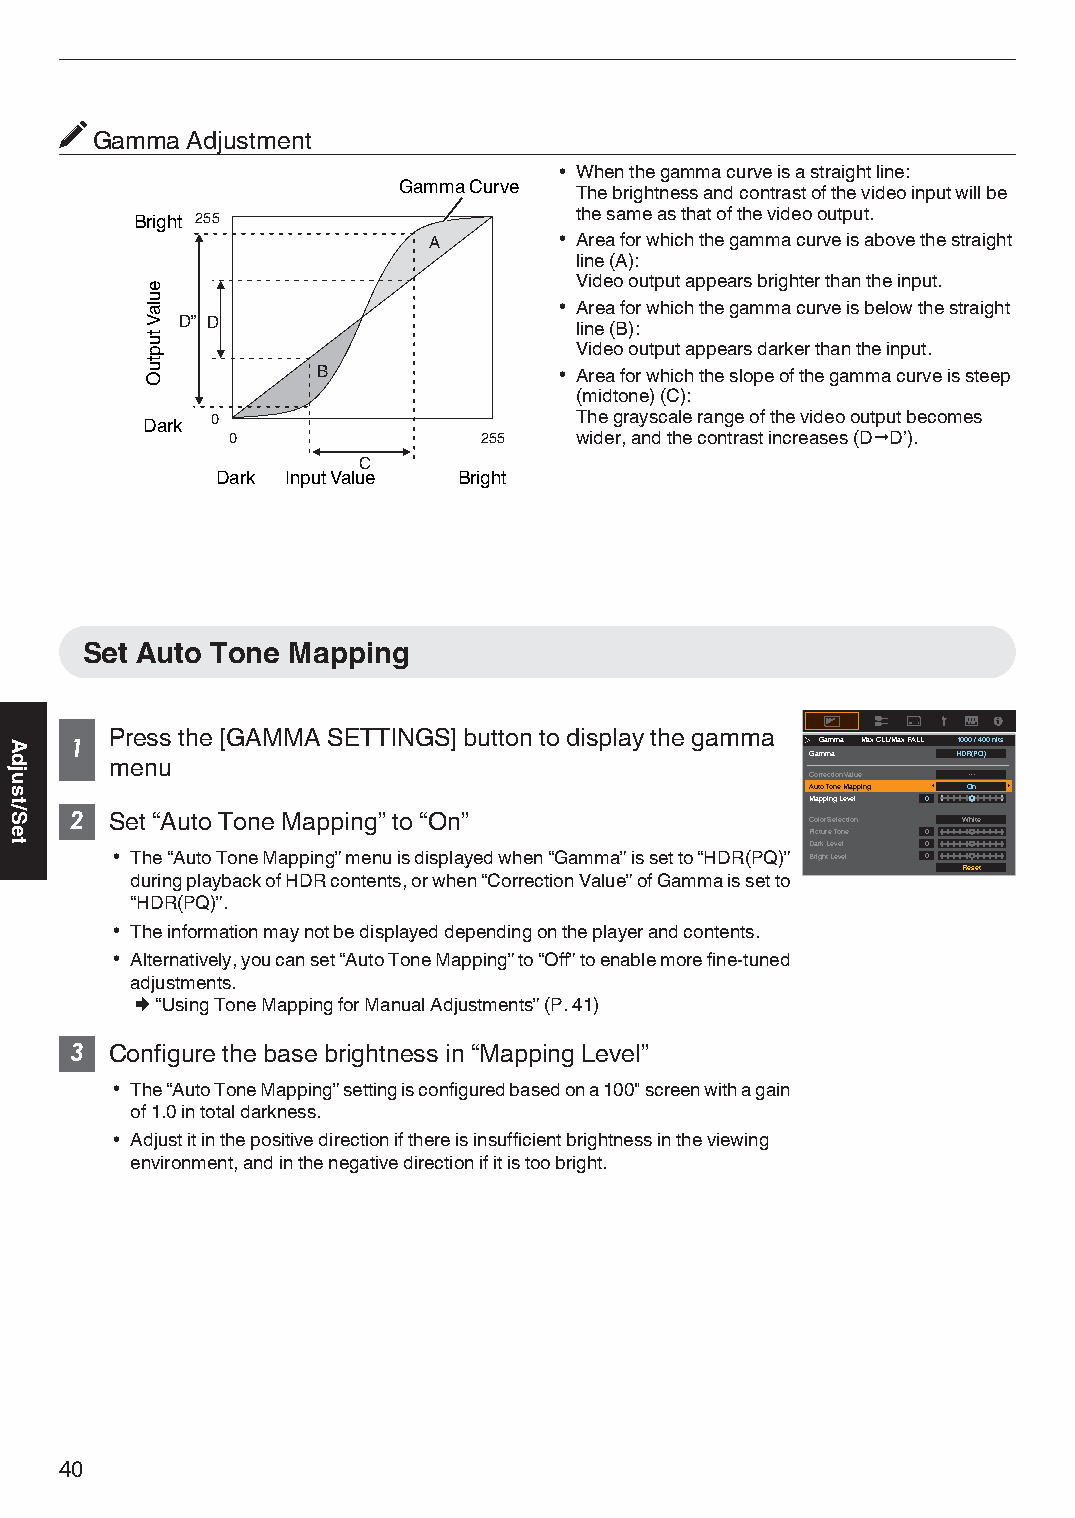
Gamma Adjustment
 0 When the gamma curve is a straight line:
 Gamma Curve
 The brightness and contrast of the video input will be
 Bright 255                   the same as that of the video output.
 A        0 Area for which the gamma curve is above the straight
 line (A):
 Video output appears brighter than the input.
 0 Area for which the gamma curve is below the straight
 D” D                      line (B):
 Video output appears darker than the input.
 B               0 Area for which the slope of the gamma curve is steep
 (midtone) (C):
 Dark 0                       The grayscale range of the video output becomes
 0                255   wider, and the contrast increases (D"D’).
 C
 Dark Input Value Bright
 Set Auto Tone Mapping
 Press the [GAMMA SETTINGS] button to display the gamma
 1                                                Gamma Max CLL/Max FALL 1000 / 400 nits
 Gamma    HDR(PQ)
 menu
 Correction Value ---
 Auto Tone Mapping On
 Mapping Level 0
 2 Set “Auto Tone Mapping” to “On”                Color Selection White
 Picture Tone 0
 Dark Level 0
 0 The “Auto Tone Mapping” menu is displayed when “Gamma” is set to “HDR(PQ)” Bright Level 0
 Reset
 during playback of HDR contents, or when “Correction Value” of Gamma is set to
 “HDR(PQ)”.
 0 The information may not be displayed depending on the player and contents.
 0 Alternatively, you can set “Auto Tone Mapping” to “Off” to enable more fine-tuned
 adjustments.
 Æ “Using Tone Mapping for Manual Adjustments” (P. 41)
 3 Configure the base brightness in “Mapping Level”
 0 The “Auto Tone Mapping” setting is configured based on a 100" screen with a gain
 of 1.0 in total darkness.
 0 Adjust it in the positive direction if there is insufficient brightness in the viewing
 environment, and in the negative direction if it is too bright.
 40
 Adjust/Set
 eulaV
 tuptuO